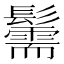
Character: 䰑